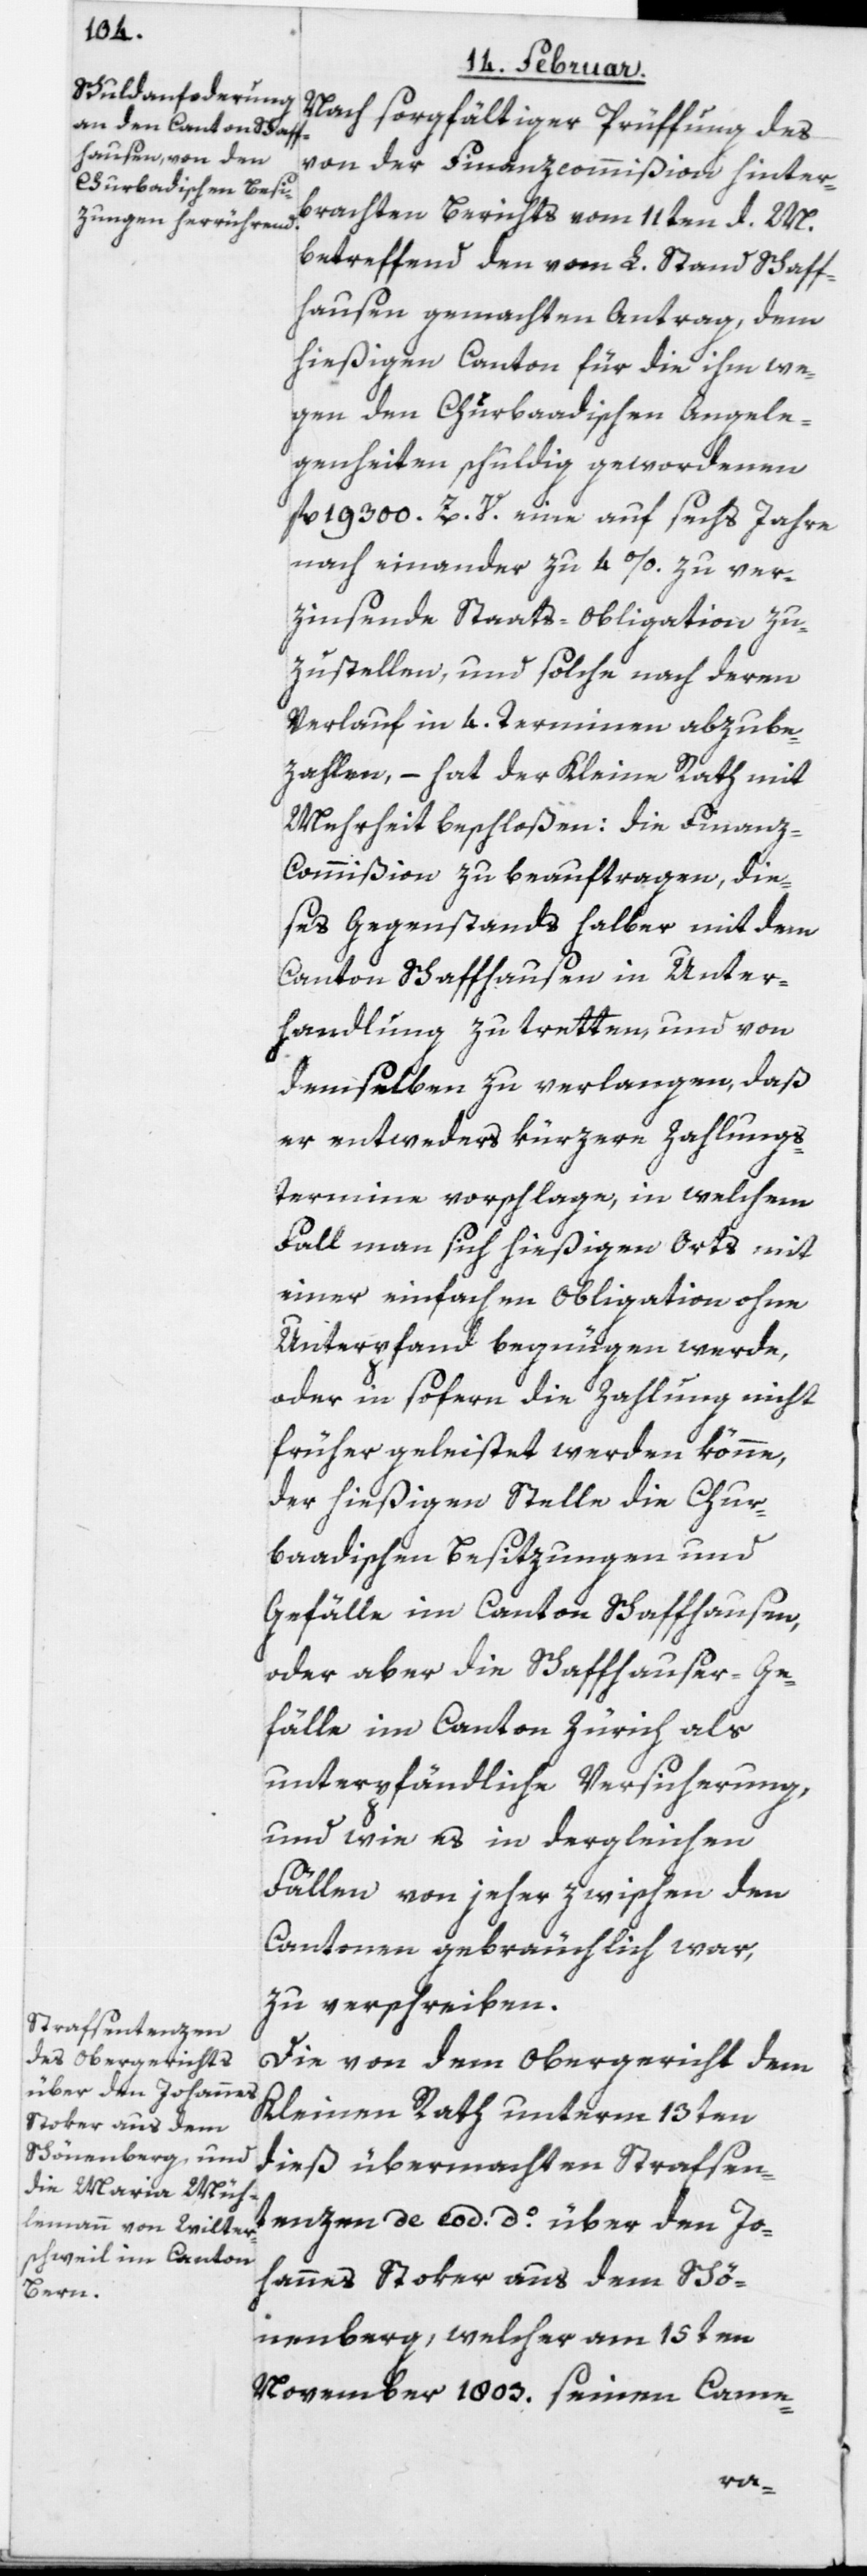
Nach sorgfältiger Prüffung des
von der Finanzcommißion hinter¬
brachten Berichts vom 11ten d. M.
betreffend den vom L. Stand Schaff¬
hausen gemachten Antrag, dem
hießigen Canton für die ihm we¬
gen den Churbaadischen Angele¬
genheiten schuldig gewordenen
fl. 19 300 Z. V. eine auf sechs Jahre
nach einander zu 4%. zu ver¬
zinsende Staats-Obligation zu¬
zustellen, und solche nach deren
Verlauf in 4. Terminen abzube¬
zahlen, – hat der Kleine Rath mit
Mehrheit beschloßen: die Finan¬
z-Commißion zu beauftragen, die¬
ses Gegenstands halber mit dem
Canton Schaffhausen in Unter¬
handlung zu tretten, und von
demselben zu verlangen, daß
er entweder kürzere Zahlungs¬
termine vorschlage, in welchem
Fall man sich hießigen Orts mit
einer einfachen Obligation ohne
Unterpfand begnügen werde,
oder in sofern die Zahlung nicht
früher geleistet werden könne,
der hießigen Stelle die Chur¬
baadischen Besitzungen und
Gefälle im Canton Schaffhausen,
oder aber die Schaffhauser-Ge¬
fälle im Canton Zürich als
unterpfändliche Versicherung,
und wie es in dergleichen
Fällen von jeher zwischen den
Cantonen gebräuchlich war,
zu verschreiben.
Die von dem Obergericht dem
Kleinen Rath unterm 13ten
dieß übermachten Strafsen¬
tenzen de eod. do. über den Jo¬
hannes Stoker aus dem Schö¬
nenberg, welcher am 15ten
November 1803. seinen Came-